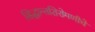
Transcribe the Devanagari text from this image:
सिद्धान्तशिरोमणीचे